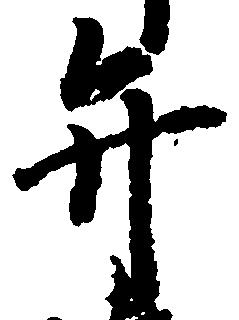
弁